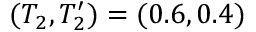
( T _ { 2 } , T _ { 2 } ^ { \prime } ) = ( 0 . 6 , 0 . 4 )